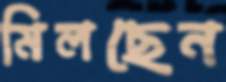
মিলছেন